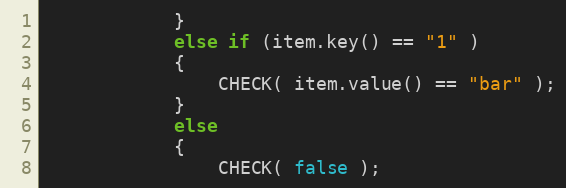
Language: C++
            }
            else if (item.key() == "1" )
            {
                CHECK( item.value() == "bar" );
            }
            else
            {
                CHECK( false );